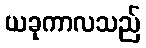
ယခုကာလသည်